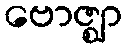
ဗောဇ္ဈာ